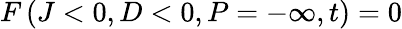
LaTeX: F\left(J<0,D<0,P=-\infty,t\right)=0